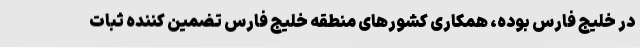
در خليج فارس بوده، همکاری کشورهای منطقه خلیج فارس تضمین کننده ثبات